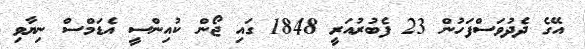
އޭގެ ދެދުވަސްފަހުން 23 ފެބުރުއަރީ 1848 ގައި ޖޯން ކުއިންސީ އެޑަމްސް ނިޔާވި